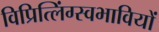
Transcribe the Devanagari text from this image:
विप्रित्लिंग्स्वभावियों